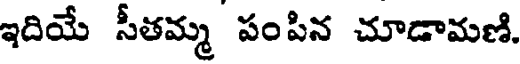
ఇదియే సీతమ్మ పంపిన చూడామణి.